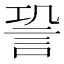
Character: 𧦬